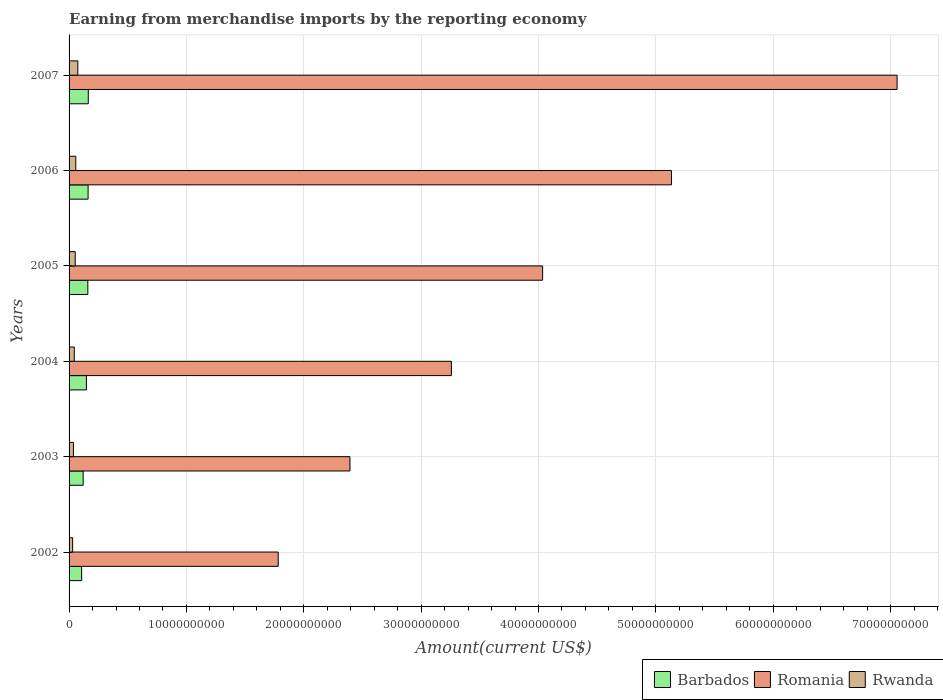
| Years | Barbados | Romania | Rwanda |
 | --- | --- | --- | --- |
 | 2002 | 1.07e+09 | 1.78e+10 | 3.03e+08 |
 | 2003 | 1.2e+09 | 2.39e+10 | 3.7e+08 |
 | 2004 | 1.48e+09 | 3.26e+10 | 4.43e+08 |
 | 2005 | 1.6e+09 | 4.04e+10 | 5.23e+08 |
 | 2006 | 1.62e+09 | 5.13e+10 | 5.74e+08 |
 | 2007 | 1.64e+09 | 7.06e+10 | 7.46e+08 |